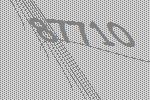
87710